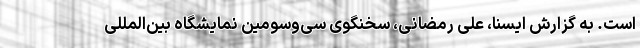
است. به گزارش ایسنا، علی رمضانی، سخنگوی سی‌وسومین نمایشگاه بین‌المللی